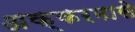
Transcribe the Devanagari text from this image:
अक्करमासे